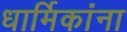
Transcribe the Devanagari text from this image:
धार्मिकांना